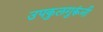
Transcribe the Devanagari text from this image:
उपकुलगुरूंनी